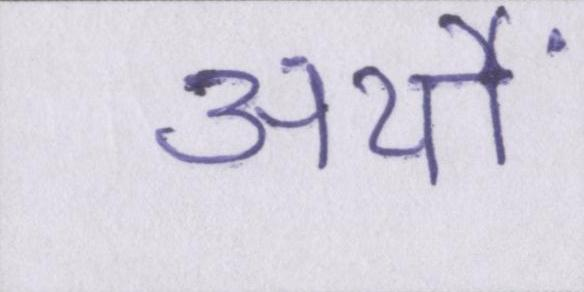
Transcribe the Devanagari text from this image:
अर्थों